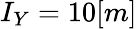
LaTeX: I_{Y}=10[m]